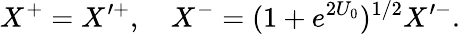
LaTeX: X^{+}=X^{\prime+},\quad X^{-}=(1+e^{2U_{0}})^{1/2}X^{\prime-}.